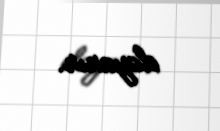
dayanır.